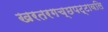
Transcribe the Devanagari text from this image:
खरतरगच्छपट्टावलि